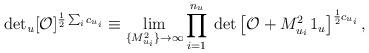
LaTeX: \begin{align*}{\rm det_{\it u}} [{\cal O}]^{{1\over 2}\sum_i c_{u_i}}\equiv\lim_{\{M_{u_i}^2\}\rightarrow\infty}\prod_{i=1}^{n_u} \hskip .1truecm{\rm det}\left[{\cal O}+M_{u_i}^2\, 1_u\right]^{{1\over 2}c_{u_i}},\end{align*}